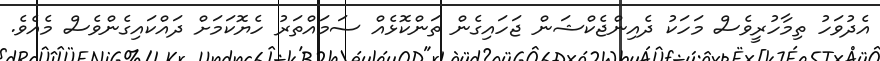
އެދުވަހު ތިމާހުރީވެސް މަހަކު ދެއިންޖެކްޝަން ޖަހައިގެން ތަންކޮޅެއް ސަމައްތަރު ހެޔޮކަމަށް ދައްކައިގެންވެސް މެއެވެ.